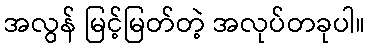
အလွန် မြင့်မြတ်တဲ့ အလုပ်တခုပါ။